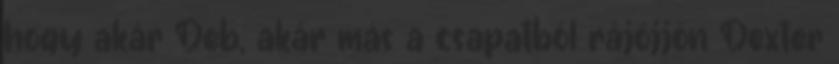
hogy akár Deb, akár más a csapatból rájöjjön Dexter